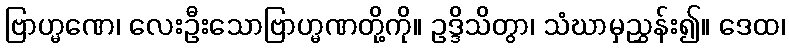
ဗြာဟ္မဏေ၊ လေးဦးသောဗြာဟ္မဏတို့ကို။ ဥဒ္ဒိသိတွာ၊ သံဃာမှညွှန်း၍။ ဒေထ၊